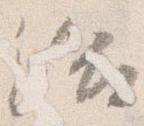
給